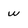
Character: W